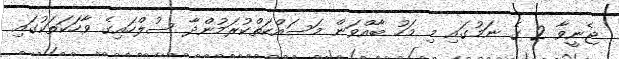
ޖެނީވާ 2 ގެ ނަމުގައި މި މަހު ބާއްވަން މަސައްކަތްކުރަމުންދާ ސުލްހައިގެ ވާހަކަތަކުގައި